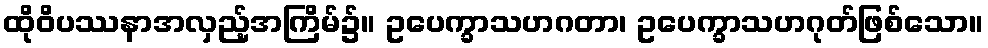
ထိုဝိပဿနာအလှည့်အကြိမ်၌။ ဥပေက္ခာသဟဂတာ၊ ဥပေက္ခာသဟဂုတ်ဖြစ်သော။